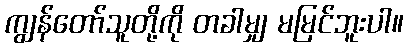
ကျွန်တော်သူတို့ကို တခါမျှ မမြင်ဘူးပါ။